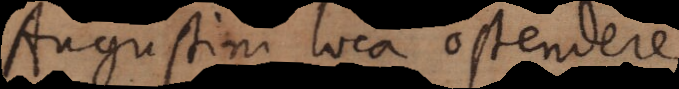
Augustini loca ostendere,